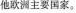
他欧洲主要国家。